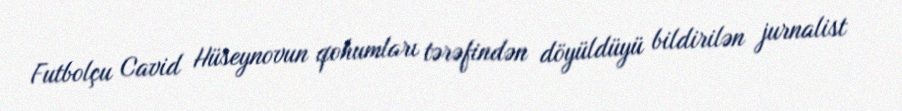
Futbolçu Cavid Hüseynovun qohumları tərəfindən döyüldüyü bildirilən jurnalist